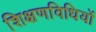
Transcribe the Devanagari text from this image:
शिक्षणविधियों